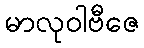
မာလုဝါဗီဇေ